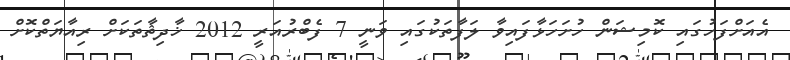
އެއަށްފަހުގައި ކޮމިޝަން ހުށަހަޅާފައިވާ ލަފާތަކުގައި ވަނީ 7 ފެބްރުއަރީ 2012 ޚާދިޘާތަކަށް ރިއާޔަތްކޮށް